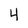
Character: 4